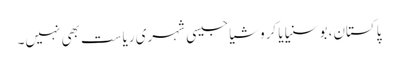
پاکستان، بوسنیا یا کروشیا جیسی شہری ریاست بھی نہیں۔